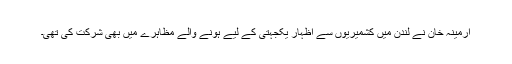
ارمینہ خان نے لندن میں کشمیریوں سے اظہار یکجہتی کے لیے ہونے والے مظاہرے میں بھی شرکت کی تھی۔